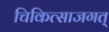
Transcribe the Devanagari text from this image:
चिकित्साजगत्‌